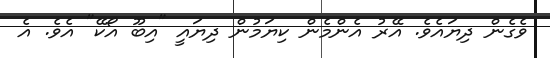
ވެގެން ދިޔައެވެ. އޭރު އެންމެން ކިޔަމުން ދިޔައީ "އިބޫ އޯކޭ" އެވެ. އެ